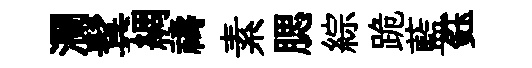
瀾鬂綢禱素腮綜跪藍鈺